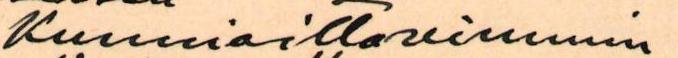
Kunnioittavimmin